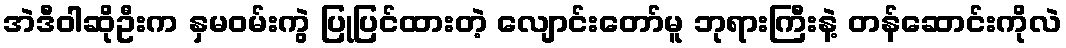
အဲဒီဝါဆိုဦးက နှမဝမ်းကွဲ ပြုပြင်ထားတဲ့ လျောင်းတော်မူ ဘုရားကြီးနဲ့ တန်ဆောင်းကိုလဲ